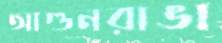
আগুনরাঙা